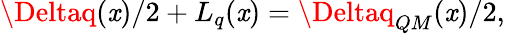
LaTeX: \Deltaq(\mathit{x})/2+L_{q}(\mathit{x})=\Deltaq_{QM}(\mathit{x})/2,